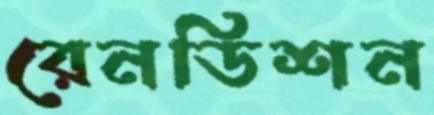
রেনডিশন